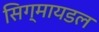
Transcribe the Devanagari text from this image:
सिग्मायडल